Civil Veterinary Department. Madras. Admin. report 1910-25 - 1910-1925
Year: 1910
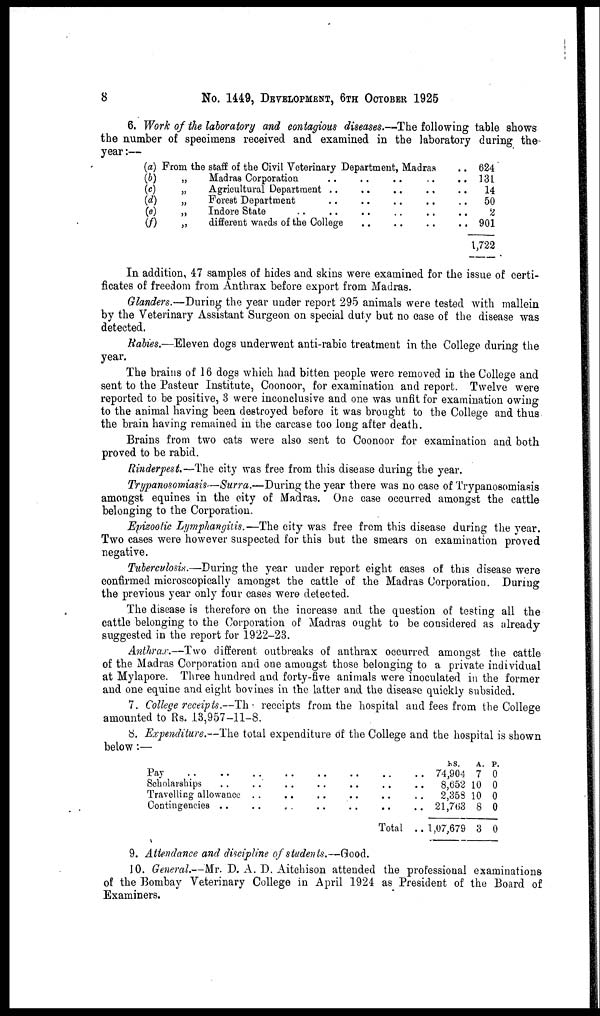
8
No. 1449, DEVELOPMENT, 6TH OCTOBER 1925
6. Work of the laboratory and contagious diseases.—The following table shows
the number of specimens received and examined in the laboratory during the
year:—
(a) From the staff of the Civil Veterinary Department, Madras ..
(b)
„
Madras Corporation .. .. ..
(c)
„
Agricultural Department .. ..
(d)
„
Forest Department .. .. ..
(e)
„
Indore State .. .. .. ..
(f)
„
different wards of the College .. ..
624
131
14
50
2
901
1,722
In addition, 47 samples of hides and skins were examined for the issue of certi-
ficates of freedom from Anthrax before export from Madras.
Glanders.—During the year under report 295 animals were tested with mallein
by the Veterinary Assistant Surgeon on special duty but no ease of the disease was
detected.
Rabies.—Eleven dogs underwent anti-rabic treatment in the College during the
year.
The brains of 16 dogs which had bitten people were removed in the College and
sent to the Pasteur Institute, Coonoor, for examination and report. Twelve were
reported to be positive, 3 were inconclusive and one was unfit for examination owing
to the animal having been destroyed before it was brought to the College and thus
the brain having remained in the carcase too long after death.
Brains from two cats were also sent to Coonoor for examination and both
proved to be rabid.
Rinderpest.—The city was free from this disease during the year.
Trypanosomiasis—Surra.—During the year there was no case of Trypanosomiasis
amongst equines in the city of Madras. One case occurred amongst the cattle
belonging to the Corporation.
Epizootic Lymphangitis.—The city was free from this disease during the year.
Two cases were however suspected for this but the smears on examination proved
negative.
Tuberculosis.—During the year under report eight cases of this disease were
confirmed microscopically amongst the cattle of the Madras Corporation. During
the previous year only four cases were detected.
The disease is therefore on the increase and the question of testing all the
cattle belonging to the Corporation of Madras ought to be considered as already
suggested in the report for 1922-23.
Anthrax.—Two different outbreaks of anthrax occurred amongst the cattle
of the Madras Corporation and one amongst those belonging to a private individual
at Mylapore. Three hundred and forty-five animals were inoculated in the former
and one equine and eight bovines in the latter and the disease quickly subsided.
7. College receipts.—The receipts from the hospital and fees from the College
amounted to Rs. 13,957-11-8.
8. Expenditure.—The total expenditure of the College and the hospital is shown
below:—
Pay .. ..
Scholarships ..
Travelling allowance
Contingencies ..
..
..
..
..
..
..
..
..
..
..
..
..
..
..
..
..
..
..
..
..
Total
RS.
.. 74,904
..
8,652
..
2,358
.. 21,763
.. 1,07,679
A.
7
10
10
8
3
P.
0
0
0
0
0
9. Attendance and discipline of students.—Good.
JO. General.—Mr. D. A. D. Aitchison attended the professional examinations
of the Bombay Veterinary College in April 1924 as President of the Board of
Examiners.